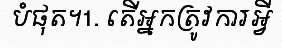
បំផុត។1. តើអ្នកត្រូវការអ្វី